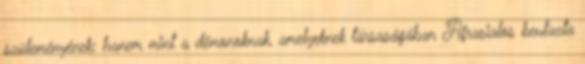
szüleményének; hanem mint a démonoknak, amelyeknek társaságában Afrasialos beutazta